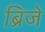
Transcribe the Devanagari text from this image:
ब्रिजे